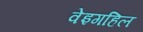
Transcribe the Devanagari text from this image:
वेइगहिल